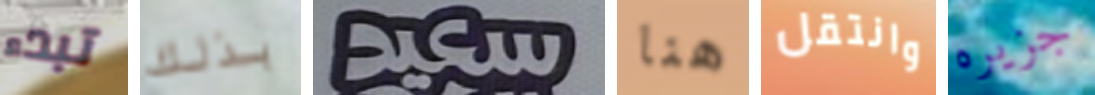
تبدء بذلك سعيد هنا وانتقل جزيره